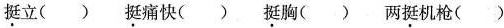
\underline挺立( ) \underline挺痛快( ) \underline挺胸( ) 两\underline挺机枪( )